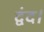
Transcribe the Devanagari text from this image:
द्वंद।